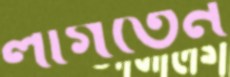
লাগতেন